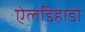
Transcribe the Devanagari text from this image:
ऐलडिहाडो